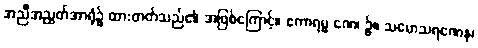
အညီအညွတ်အာရုံ၌ ထားတတ်သည်၏ အဖြစ်ကြောင့်။ ဧကာရမ္မ ဏေ၊ ၌။ သမောသရဏေန၊